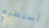
أستطيع